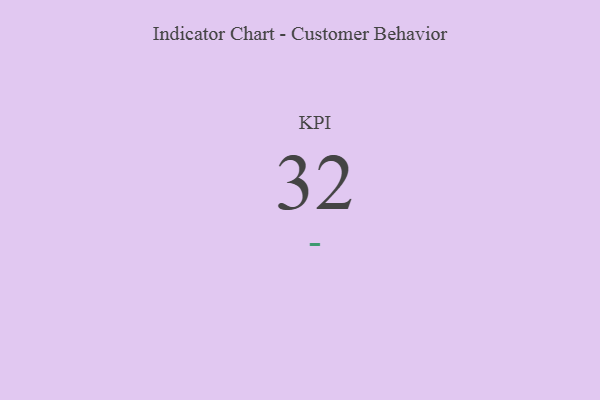
{"axis": {"x": "KPI", "y": "Value"}, "legend": [""], "data": [{"x": "KPI", "y": 32, "type": ""}]}